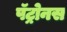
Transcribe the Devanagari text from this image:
पॅट्रोनस